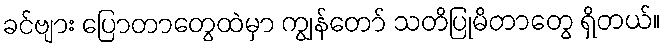
ခင်ဗျား ပြောတာတွေထဲမှာ ကျွန်တော် သတိပြုမိတာတွေ ရှိတယ်။